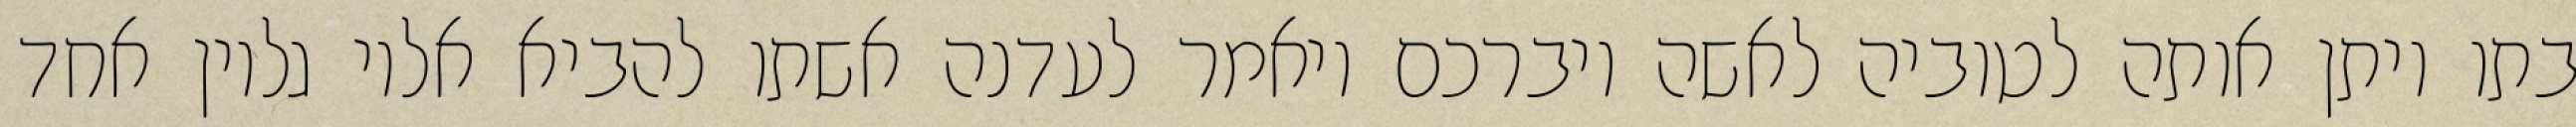
בתו ויתן אותה לטוביה לאשה ויברכם ויאמר לעדנה אשתו להביא אליו גליון אחד